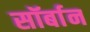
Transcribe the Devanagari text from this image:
सॉर्बान